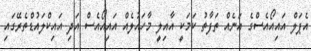
އެޕަލް އައިއޯއެސްގެ އަނެއް ތަފާތު ކަމަކީ އާއިލީ މާހައުލެއް އައިއޯއެސް އަދި އައިކްލައުޑްތެރޭގައި